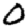
Digit: 0